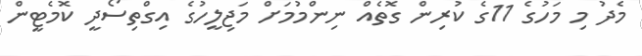
މެދު މި މަހުގެ 11ގެ ކުރިން ގޮތެއް ނިންމުމަށް މަޖިލީހުގެ އިގްތިސޯދީ ކޮމެޓީން